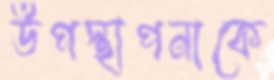
উপস্থাপনাকে